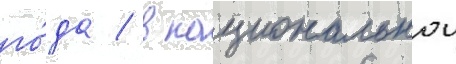
го́да / в национальнои